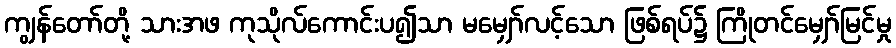
ကျွန်တော်တို့ သားအဖ ကုသိုလ်ကောင်းပ၍သာ မမျှော်လင့်သော ဖြစ်ရပ်၌ ကြိုတင်မျှော်မြင်မှု